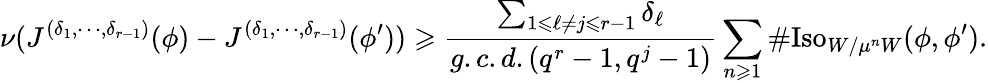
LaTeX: \nu(J^{(\delta_{1},\cdots,\delta_{r-1})}(\phi)-J^{(\delta_{1},\cdots,\delta_{r-1})}(\phi^{\prime}))\geqslant\frac{\sum_{1\leqslant\ell\neq j\leqslant r-1}\delta_{\ell}}{g.c.d.(q^{r}-1,q^{j}-1)}\sum_{n\geqslant 1}\# \mathrm{Iso}_{W/\mu^{n}W}(\phi,\phi^{\prime}).